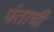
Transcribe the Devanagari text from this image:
पंताची